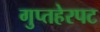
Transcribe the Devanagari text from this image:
गुप्तहेरपट